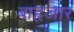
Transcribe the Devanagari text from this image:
बाहृजार